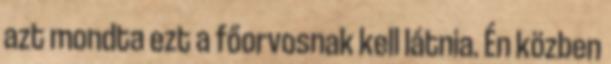
azt mondta ezt a főorvosnak kell látnia. Én közben